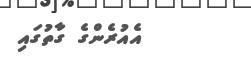
އެއުރެންގެ ގާތުގައި